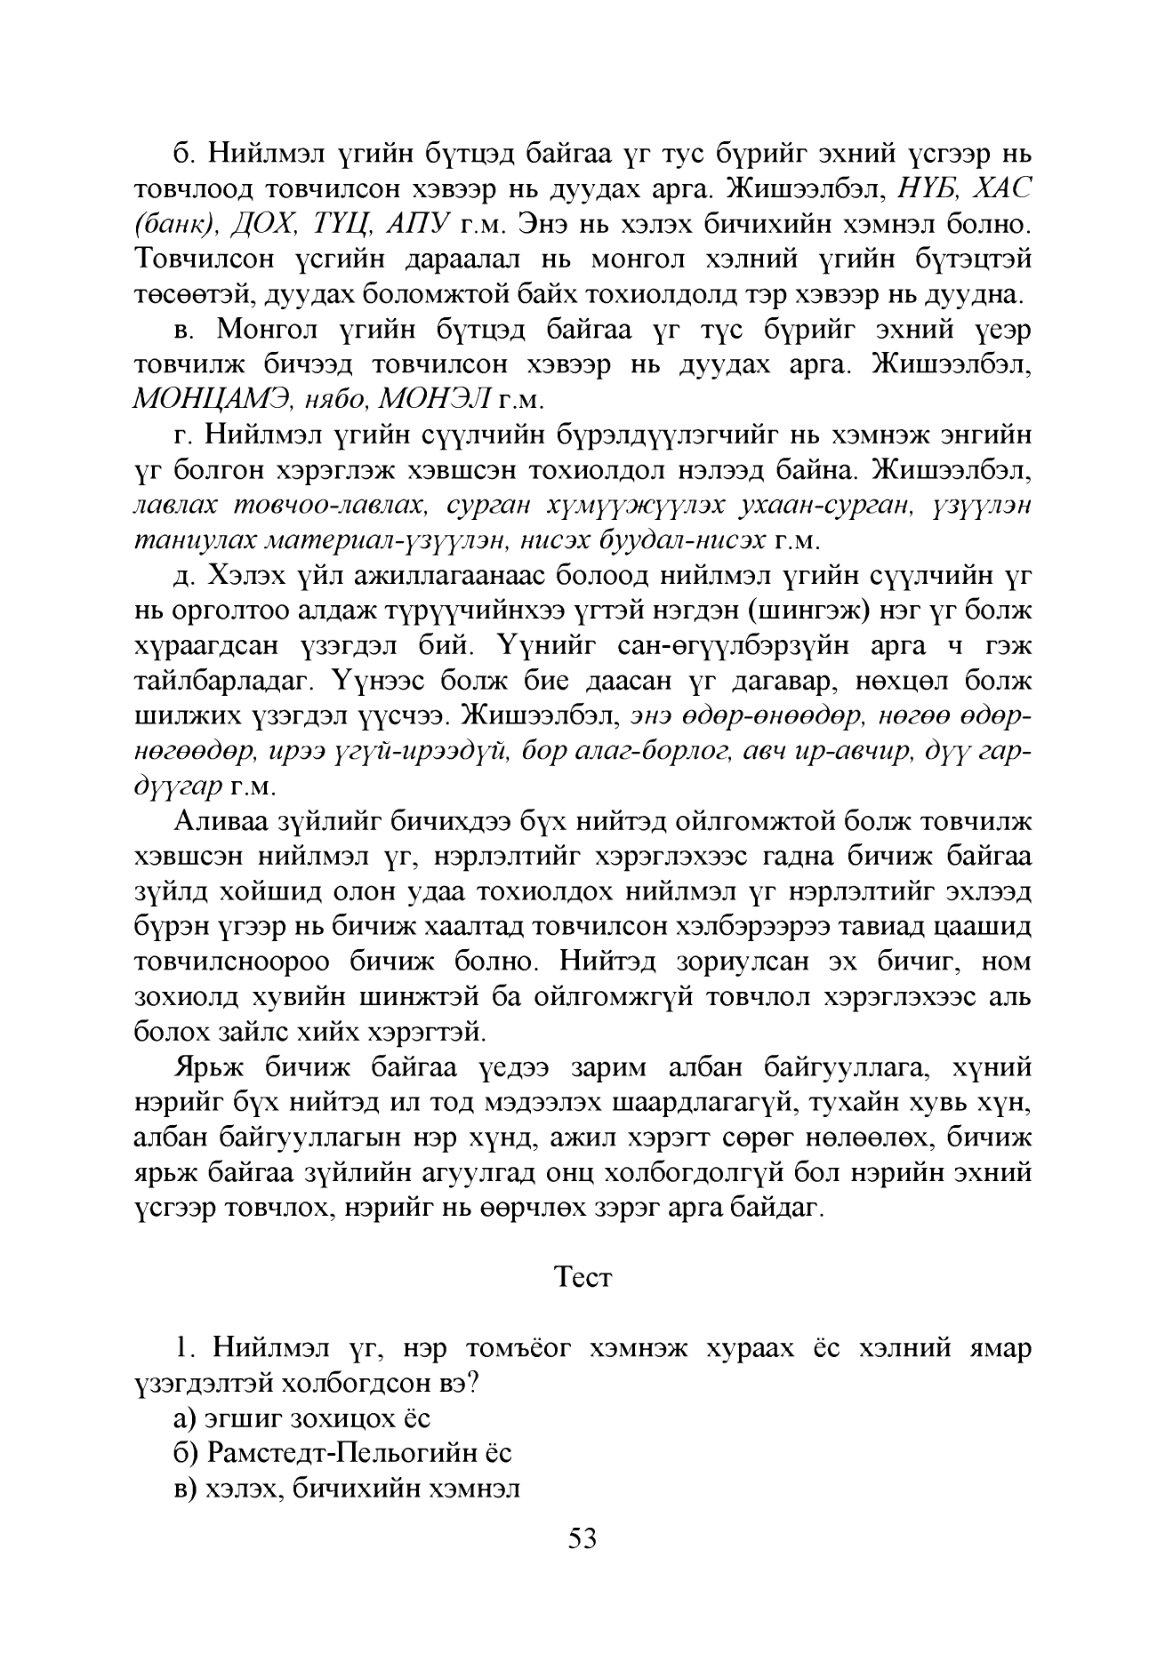
Language: mn